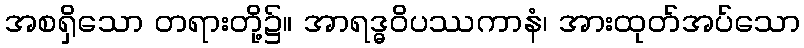
အစရှိသော တရားတို့၌။ အာရဒ္ဓဝိပဿကာနံ၊ အားထုတ်အပ်သော